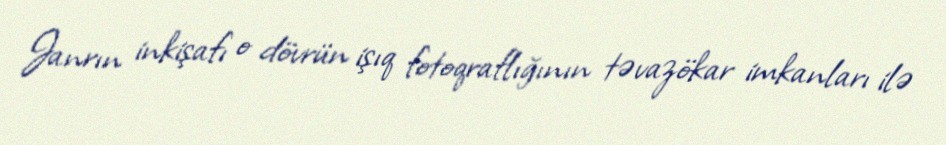
Janrın inkişafı o dövrün işıq fotoqraflığının təvazökar imkanları ilə